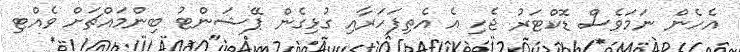
އެހެން ނަމަވެސް ޑޮކްޓަރު ޖެހި އެ އެތިފަހަރާއި ގުޅިގެން ޕޭޝަންޓު ބިންމައްޗަށް ވެއްޓި